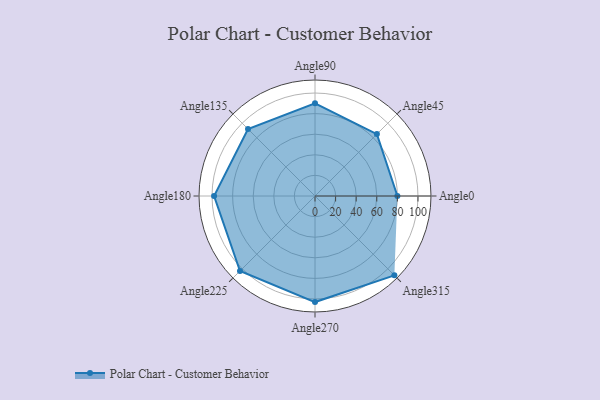
{"axis": {"x": "Angle", "y": "Radius"}, "legend": [""], "data": [{"x": "Angle0", "y": 80.0, "type": ""}, {"x": "Angle45", "y": 85.0, "type": ""}, {"x": "Angle90", "y": 90.0, "type": ""}, {"x": "Angle135", "y": 92.0, "type": ""}, {"x": "Angle180", "y": 98.0, "type": ""}, {"x": "Angle225", "y": 103.0, "type": ""}, {"x": "Angle270", "y": 103.0, "type": ""}, {"x": "Angle315", "y": 109.0, "type": ""}]}